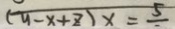
( y - x + z ) x = 5